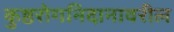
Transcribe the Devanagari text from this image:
कुष्ठरोगनिदानावरील